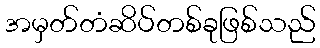
အမှတ်တံဆိပ်တစ်ခုဖြစ်သည်